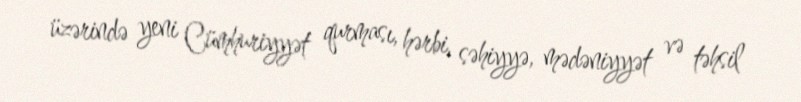
üzərində yeni Cümhuriyyət qurması, hərbi, səhiyyə, mədəniyyət və təhsil